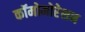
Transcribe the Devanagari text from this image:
कॉमोमोरेशन